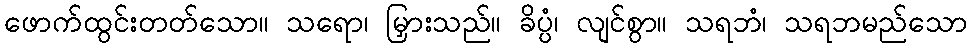
ဖောက်ထွင်းတတ်သော။ သရော၊ မြှားသည်။ ခိပ္ပံ၊ လျင်စွာ။ သရဘံ၊ သရဘမည်သော